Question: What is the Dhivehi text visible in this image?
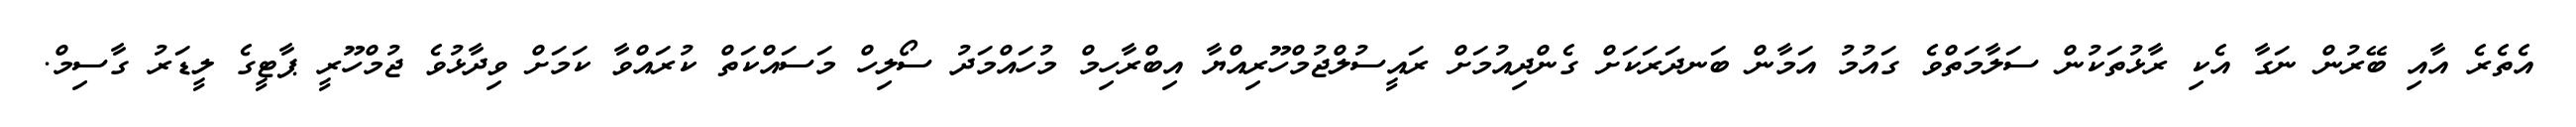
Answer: އެތެރެ އާއި ބޭރުން ނަގާ އެކި ރާޅުތަކުން ސަލާމަތްވެ ގައުމު އަމާން ބަނދަރަކަށް ގެންދިއުމަށް ރައީސުލްޖުމްހޫރިއްޔާ އިބްރާހިމް މުހައްމަދު ސޯލިހް މަސައްކަތް ކުރައްވާ ކަމަށް ވިދާޅުވެ ޖުމްހޫރީ ޕާޓީގެ ލީޑަރު ގާސިމް.